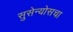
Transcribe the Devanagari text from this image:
सुसेन्योसचा